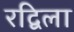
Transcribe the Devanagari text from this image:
रद्विला